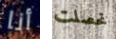
أنا تحصلت